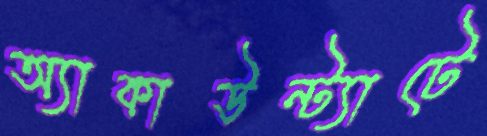
অ্যাকাউন্ট্যাটে